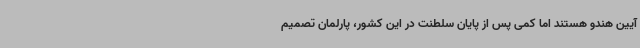
آیین هندو هستند اما کمی پس از پایان سلطنت در این کشور، پارلمان تصمیم